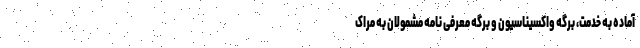
آماده به خدمت، برگه واکسیناسیون و برگه معرفی نامه مشمولان به مراک